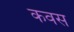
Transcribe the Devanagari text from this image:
कवस